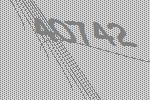
40742